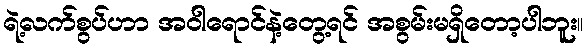
ရဲ့လက်စွပ်ဟာ အဝါရောင်နဲ့တွေ့ရင် အစွမ်းမရှိတော့ပါဘူး။